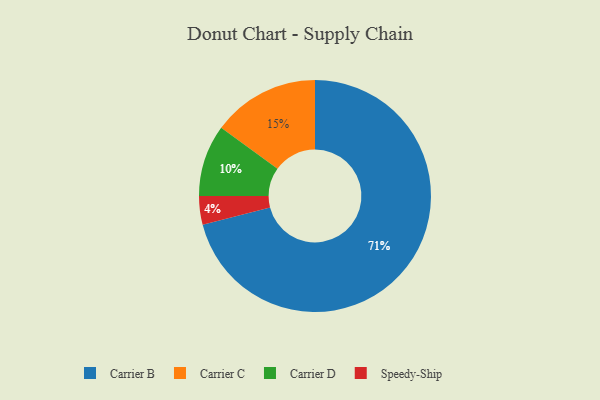
{"axis": {"x": "Category", "y": "Percentage"}, "legend": ["Carrier B", "Carrier C", "Carrier D", "Speedy-Ship"], "data": [{"x": "Carrier B", "y": 71, "type": "Carrier B"}, {"x": "Carrier D", "y": 10, "type": "Carrier D"}, {"x": "Carrier C", "y": 15, "type": "Carrier C"}, {"x": "Speedy-Ship", "y": 4, "type": "Speedy-Ship"}]}